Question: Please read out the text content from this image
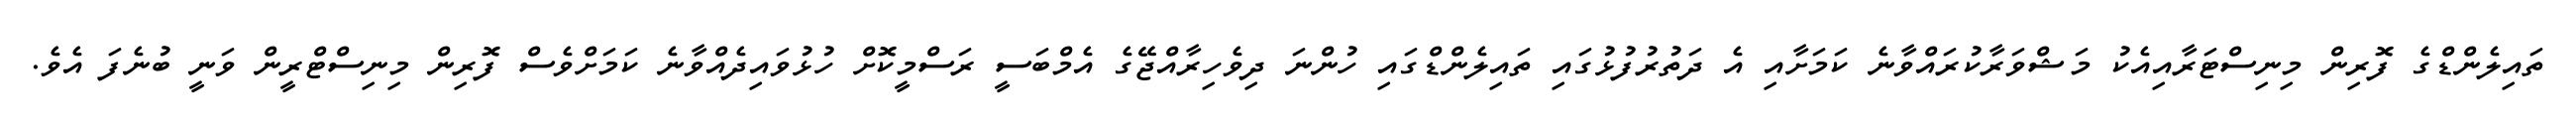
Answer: ތައިލެންޑްގެ ފޮރިން މިނިސްޓަރާއިއެކު މަޝްވަރާކުރައްވާނެ ކަމަށާއި އެ ދަތުރުފުޅުގައި ތައިލެންޑްގައި ހުންނަ ދިވެހިރާއްޖޭގެ އެމްބަސީ ރަސްމީކޮށް ހުޅުވައިދެއްވާނެ ކަމަށްވެސް ފޮރިން މިނިސްޓްރީން ވަނީ ބުނެފަ އެވެ.